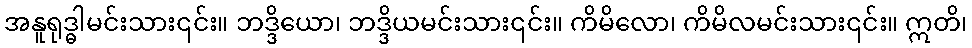
အနူရုဒ္ဓါမင်းသား၎င်း။ ဘဒ္ဒိယော၊ ဘဒ္ဒိယမင်းသား၎င်း။ ကိမိလော၊ ကိမိလမင်းသား၎င်း။ ဣတိ၊